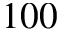
1 0 0